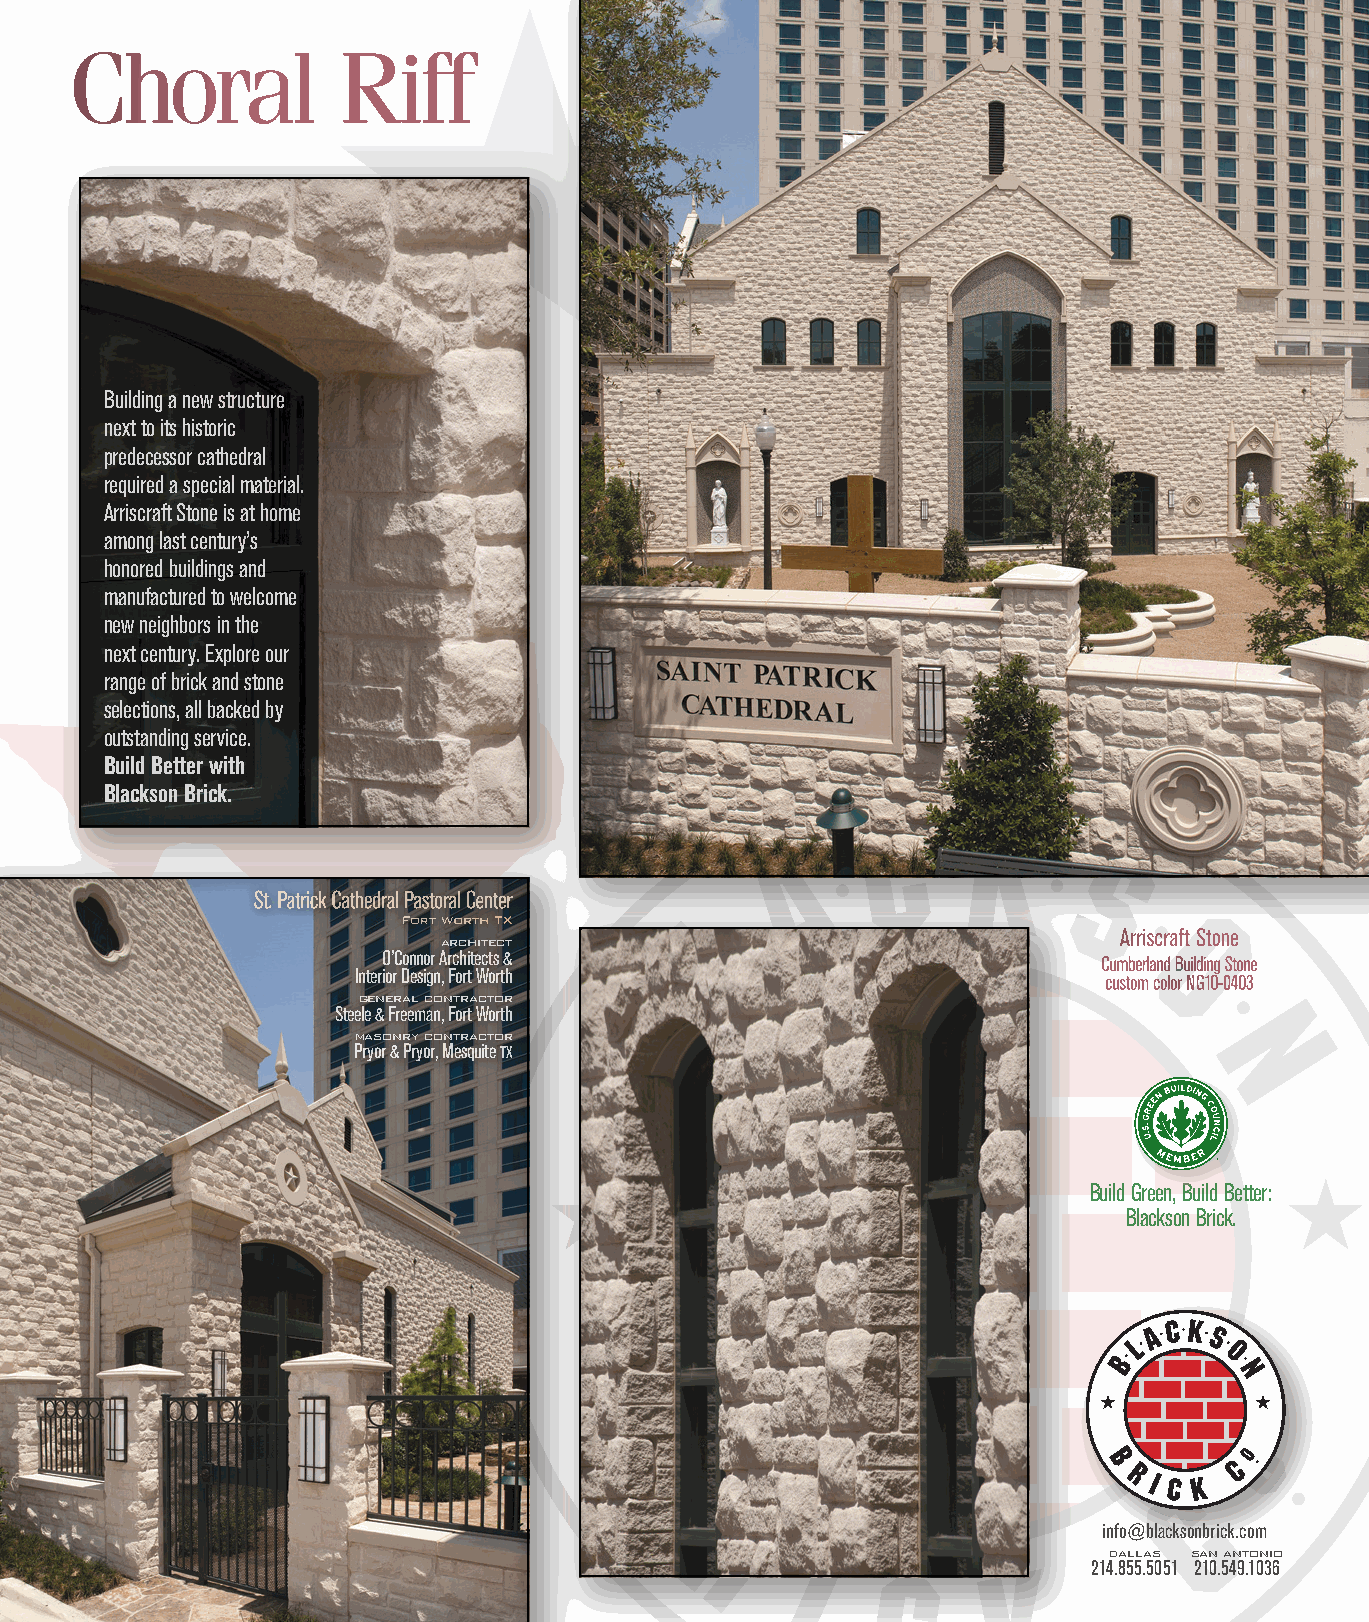
Choral           Riff
 Building a new structure
 next to its historic
 predecessor cathedral
 required a special material.
 Arriscraft Stone is at home
 among last century’s
 honored buildings and
 manufactured to welcome
 new neighbors in the
 next century. Explore our
 range of brick and stone
 selections, all backed by
 outstanding service.
 Build Better with
 Blackson Brick.
 St. Patrick Cathedral Pastoral Center
 Fort Worth TX
 Arriscraft Stone
 architect
 O’Connor Architects &                           Cumberland Building Stone
 Interior Design, Fort Worth                       custom color NG10-0403
 general contractor
 Steele & Freeman, Fort Worth
 masonry contractor
 Pryor & Pryor, Mesquite TX
 Build Green, Build Better:
 Blackson Brick.
 info@blacksonbrick.com
 dallas san antonio
 214.855.5051 210.549.1036